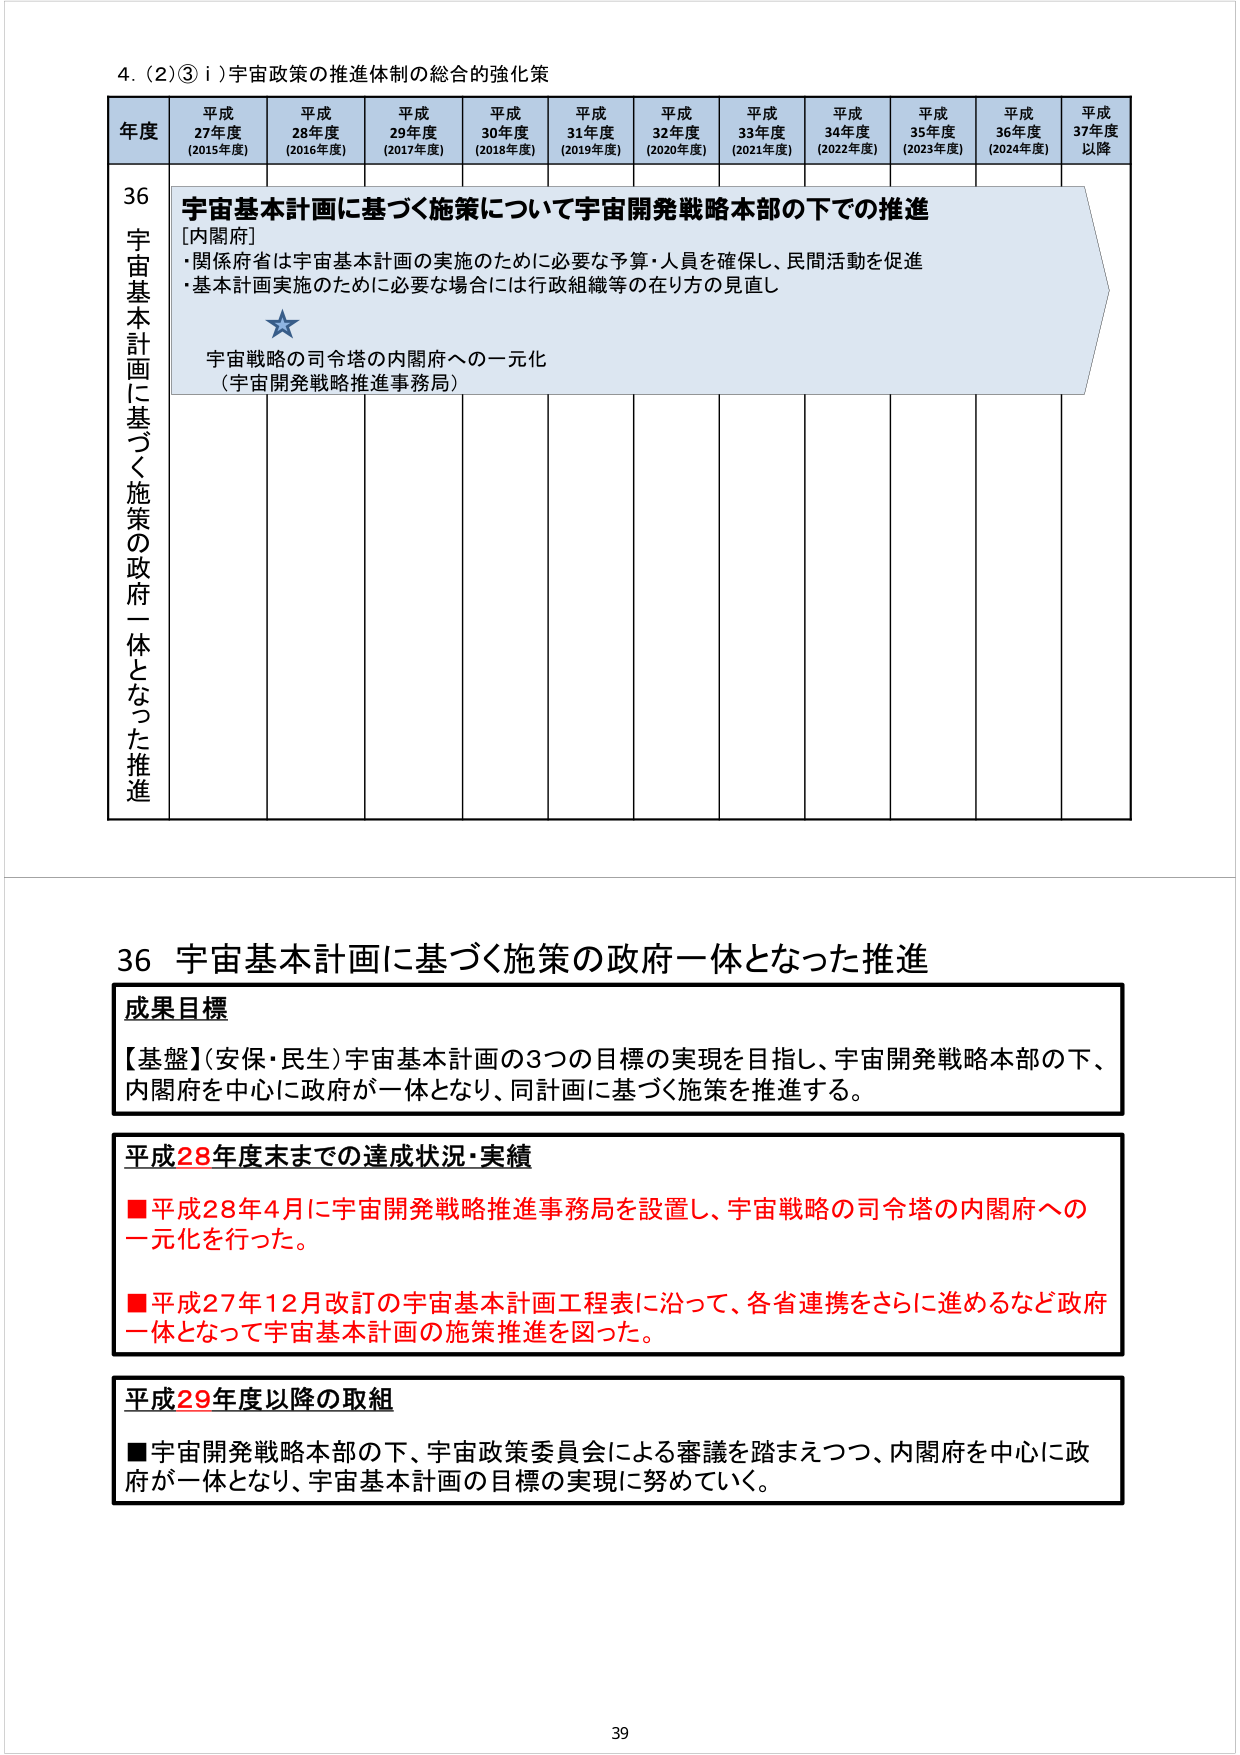
4. (2)③ i) 宇宙政策の推進体制の総合的強化策

年度 平成27年度 (2015年度) 平成28年度 (2016年度) 平成29年度 (2017年度) 平成30年度 (2018年度) 平成31年度 (2019年度) 平成32年度 (2020年度) 平成33年度 (2021年度) 平成34年度 (2022年度) 平成35年度 (2023年度) 平成36年度 (2024年度) 平成37年度以降

36 宇宙基本計画に基づく施策の政府一体となった推進

宇宙基本計画に基づく施策について宇宙開発戦略本部の下での推進
[内閣府]
・関係府省は宇宙基本計画の実施のために必要な予算・人員を確保し、民間活動を促進
・基本計画実施のために必要な場合には行政組織等の在り方の見直し

★
宇宙戦略の司令塔の内閣府への一元化
（宇宙開発戦略推進事務局）

36 宇宙基本計画に基づく施策の政府一体となった推進

成果目標
【基盤】(安保・民生)宇宙基本計画の3つの目標の実現を目指し、宇宙開発戦略本部の下、内閣府を中心に政府が一体となり、同計画に基づく施策を推進する。

平成28年度末までの達成状況・実績
■平成28年4月に宇宙開発戦略推進事務局を設置し、宇宙戦略の司令塔の内閣府への一元化を行った。
■平成27年12月改訂の宇宙基本計画工程表に沿って、各省連携をさらに進めるなど政府一体となって宇宙基本計画の施策推進を図った。

平成29年度以降の取組
■宇宙開発戦略本部の下、宇宙政策委員会による審議を踏まえつつ、内閣府を中心に政府が一体となり、宇宙基本計画の目標の実現に努めていく。

39